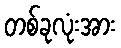
တစ်ခုလုံးအား